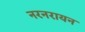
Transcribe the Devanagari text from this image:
नरनरायन